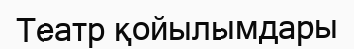
Театр қойылымдары